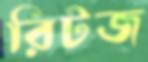
রিটজ